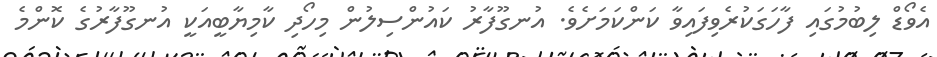
އެވޯޑް ލިބުމުގައި ފާހަގަކުރެވިފައިވާ ކަންކަމަށެވެ. އުނގޫފާރު ކައުންސިލުން މިހޯދި ކާމިޔާބީއަކީ އުނގޫފާރުގެ ކޮންމެ